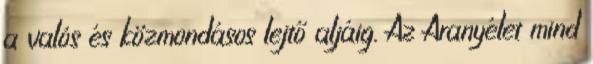
a valós és közmondásos lejtő aljáig. Az Aranyélet mind